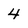
Character: 4